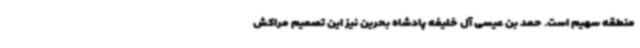
منطقه سهیم است. حمد بن عیسی آل خلیفه پادشاه بحرین نیز این تصمیم مراکش